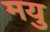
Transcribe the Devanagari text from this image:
मयु